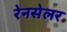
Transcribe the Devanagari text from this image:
रेनसेलर